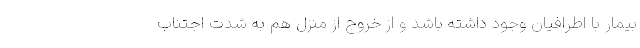
بیمار با اطرافیان وجود داشته باشد و از خروج از منزل هم به شدت اجتناب